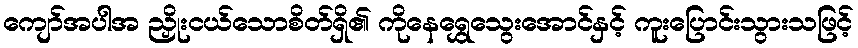
ကျော်အပါအ ညှိုးငယ်သောစိတ်ရှိ၏ ကိုနေရွှေသွေးအောင်နှင့် ကူးပြောင်းသွားသဖြင့်